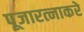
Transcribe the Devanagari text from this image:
पूजारत्नाकरे